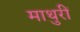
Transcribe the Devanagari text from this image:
माथुरीं